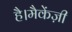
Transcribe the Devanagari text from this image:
है।मैकेंज़ी